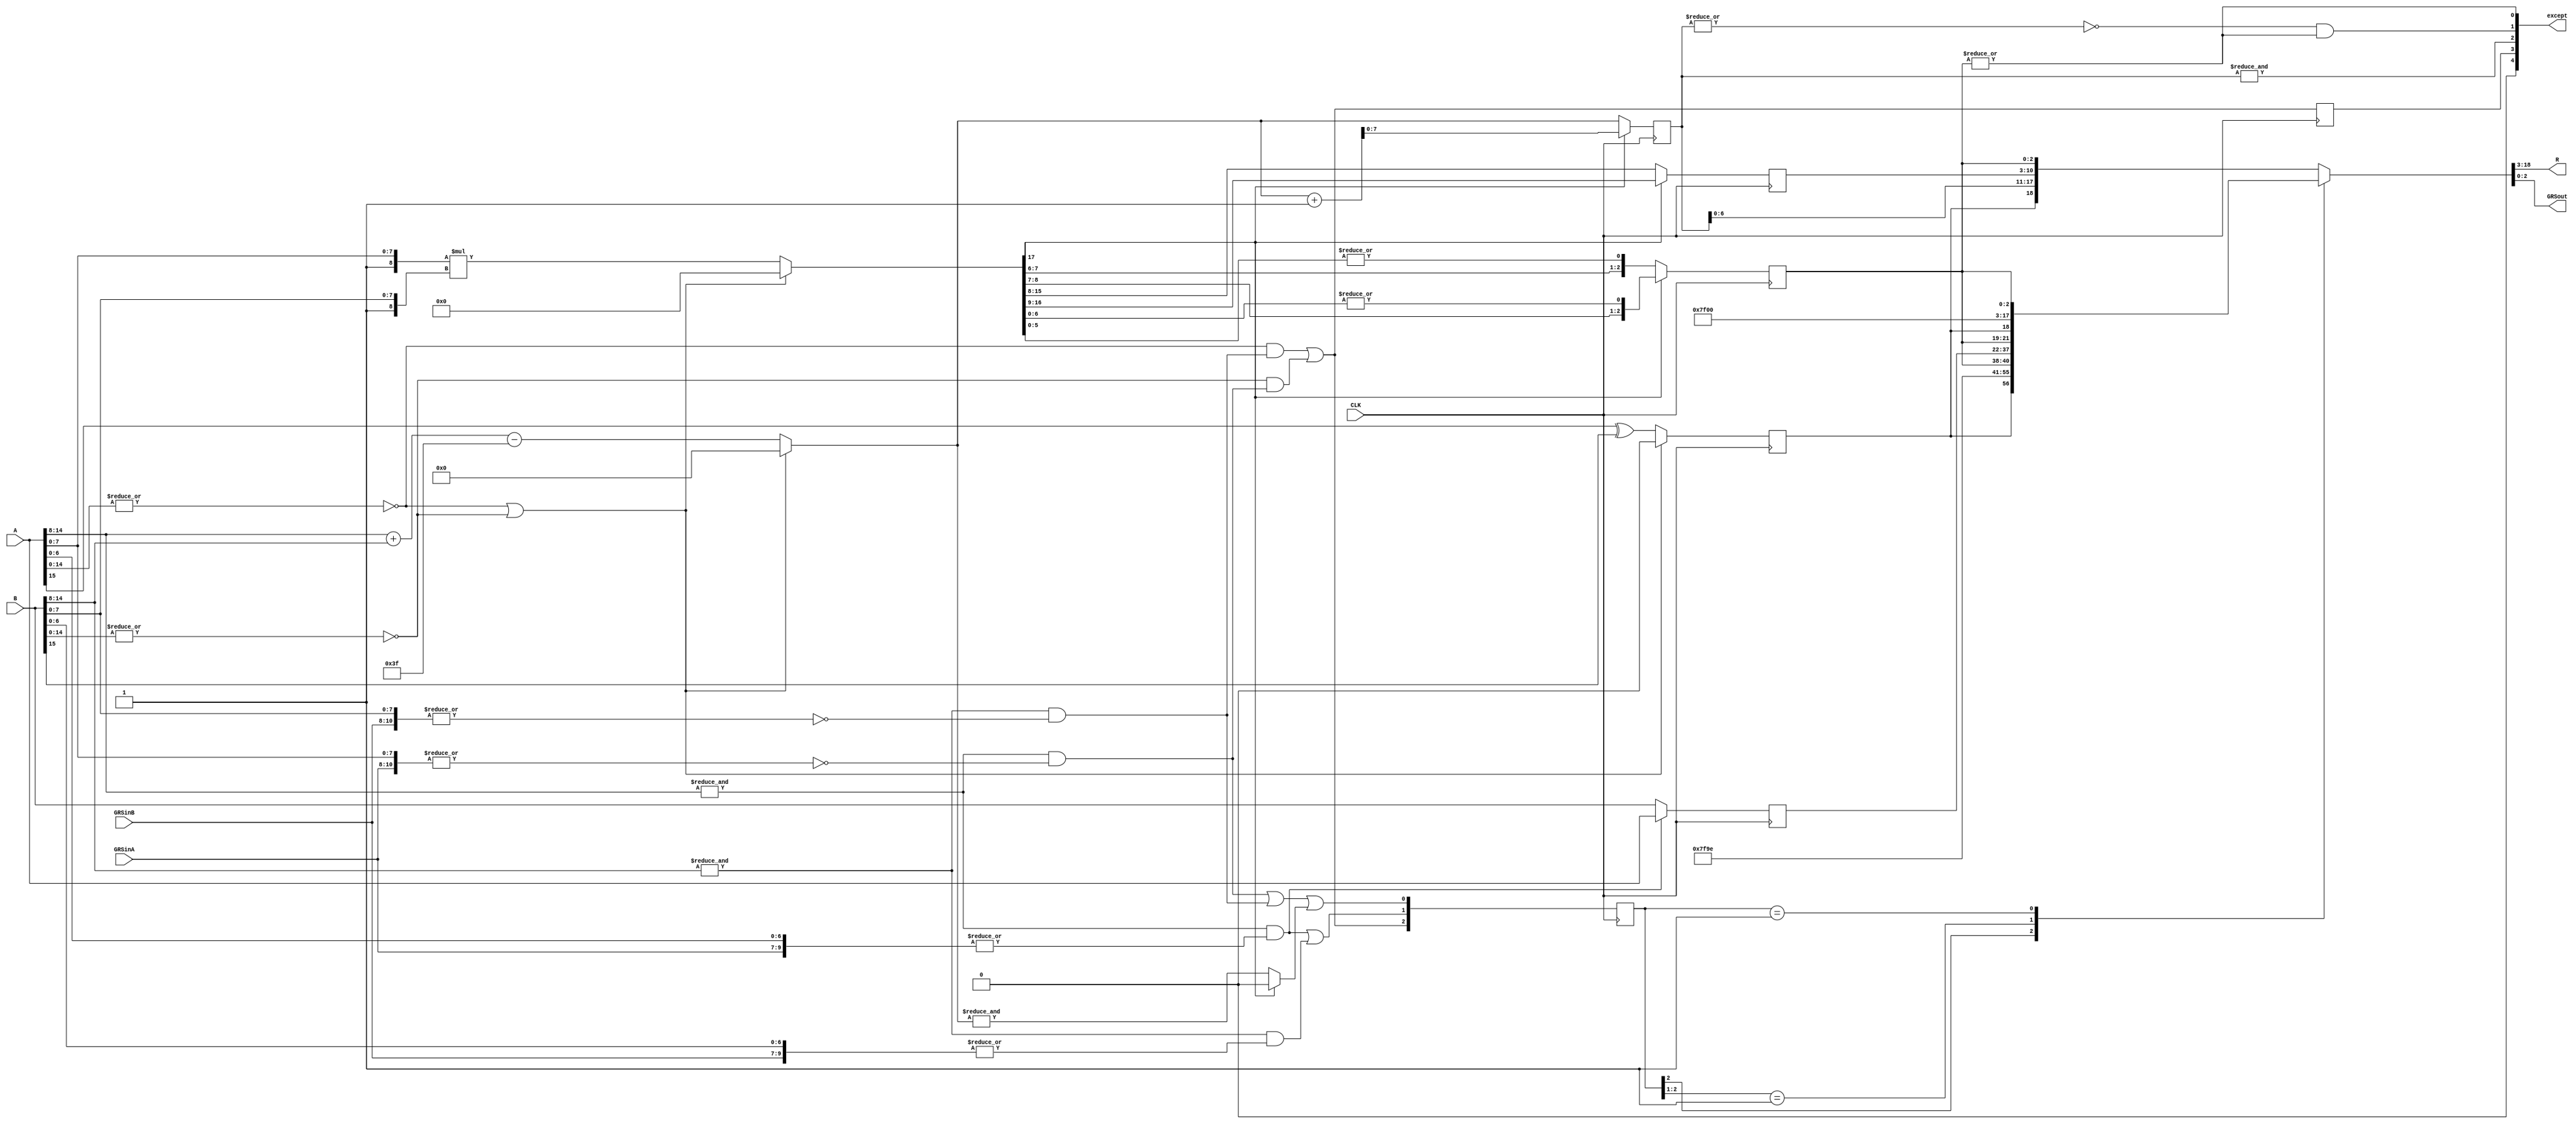
//FMUL711.v
//
// Version:  1.21  November 30, 2019
// Copyright (C) 2019.  All rights reserved.
//
////////////////////////////////////////////////////////////////////////////////////////////////////////////////////////
//                                                                                                                    //
//                                                    Open-Source                                                     //
//                            SYMPL 64-Bit Universal Floating-point ISA Compute Engine and                            //
//                                   Fused Universal Neural Network (FuNN) eNNgine                                    //
//                                    Evaluation and Product Development License                                      //
//                                                                                                                    //
//                                                                                                                    //
// Open-source means:  this source code and this instruction set ("this IP") may be freely downloaded, copied,        //
// modified, distributed and used in accordance with the terms and conditons of the licenses provided herein.         //
//                                                                                                                    //
// Provided that you comply with all the terms and conditions set forth herein, Jerry D. Harthcock ("licensor"),      //
// the original author and exclusive copyright owner of this SYMPL 64-Bit Universal Floating-point ISA Compute Engine //
// and Fused Universal Neural Network (FuNN) eNNgine, including related development software ("this IP"), hereby      //
// grants recipient of this IP ("licensee"), a world-wide, paid-up, non-exclusive license to implement this IP        //
// within the programmable fabric of Xilinx Kintex Ultra and Kintex Ultra+ brand FPGAs--only--and used only for the   //
// purposes of evaluation, education, and development of end products and related development tools.  Furthermore,    //
// limited to the purposes of prototyping, evaluation, characterization and testing of implementations in a hard,     //
// custom or semi-custom ASIC, any university or institution of higher education may have their implementation of     //
// this IP produced for said limited purposes at any foundary of their choosing provided that such prototypes do      //
// not ever wind up in commercial circulation, with this license extending to such foundary and is in connection      //
// with said academic pursuit and under the supervision of said university or institution of higher education.        //
//                                                                                                                    //
// Any copying, distribution, customization, modification, or derivative work of this IP must include an exact copy   //
// of this license and original copyright notice at the very top of each source file and any derived netlist, and,    //
// in the case of binaries, a printed copy of this license and/or a text format copy in a separate file distributed   //
// with said netlists or binary files having the file name, "LICENSE.txt".  You, the licensee, also agree not to      //
// remove any copyright notices from any source file covered or distributed under this Evaluation and Product         //
// Development License.                                                                                               //
//                                                                                                                    //
// LICENSOR DOES NOT WARRANT OR GUARANTEE THAT YOUR USE OF THIS IP WILL NOT INFRINGE THE RIGHTS OF OTHERS OR          //
// THAT IT IS SUITABLE OR FIT FOR ANY PURPOSE AND THAT YOU, THE LICENSEE, AGREE TO HOLD LICENSOR HARMLESS FROM        //
// ANY CLAIM BROUGHT BY YOU OR ANY THIRD PARTY FOR YOUR SUCH USE.                                                     //
//                                                                                                                    //
// Licensor reserves all his rights, including, but in no way limited to, the right to change or modify the terms     //
// and conditions of this Evaluation and Product Development License anytime without notice of any kind to anyone.    //
// By using this IP for any purpose, licensee agrees to all the terms and conditions set forth in this Evaluation     //
// and Product Development License.                                                                                   //
//                                                                                                                    //
// This Evaluation and Product Development License does not include the right to sell products that incorporate       //
// this IP or any IP derived from this IP. If you would like to obtain such a license, please contact Licensor.       //
//                                                                                                                    //
// Licensor can be contacted at:  SYMPL.gpu@gmail.com or Jerry.Harthcock@gmail.com                                    //
//                                                                                                                    //
////////////////////////////////////////////////////////////////////////////////////////////////////////////////////////

 `timescale 1ns/100ps

module FMUL711 (
    CLK,
    A,
    GRSinA,
    B,
    GRSinB,
    R,
    GRSout,
    except
    );

input CLK;
input [15:0] A;
input [2:0] GRSinA;
input [15:0] B;
input [2:0] GRSinB;
output [15:0] R;
output [2:0] GRSout;
output [4:0] except;

reg sign;
reg [7:0] EXP;        //exponents are added so allow for carry
reg [8:0] normProd;   //includes "hidden" bit
wire [7:0] fraction;
reg [2:0] GRSout;
reg [2:0] GRS;

wire [6:0] expA;
wire [6:0] expB;
wire signA;
wire signB;
wire [4:0] except;

assign expA = A[14:8];
assign expB = B[14:8];
assign signA = A[15];
assign signB = B[15];

reg [15:0] R;
reg [2:0] Rsel;
reg [15:0] theNaN_del;
wire [7:0] expAB;
wire [17:0] intrmProd;       //9bits * 9bits = 18bits
wire AisZero;
wire BisZero;
wire AisInf;
wire BisInf;
wire AisNaN;
wire BisNaN;
wire [15:0] theNaN;
wire anInputIsNaN;
wire anInputIsInf;

reg invalid;
wire divX0;
wire overflow;
wire underflow;
wire inexact;
wire inputIsInvalid;


assign AisInf = &A[14:8] && ~|{A[7:0], GRSinA[2:0]};
assign BisInf = &B[14:8] && ~|{B[7:0], GRSinB[2:0]};
assign AisNaN = &A[14:8] &&  |{A[6:0], GRSinA[2:0]};
assign BisNaN = &B[14:8] &&  |{B[6:0], GRSinB[2:0]};
assign theNaN = AisNaN ? A : B;
assign anInputIsNaN = AisNaN || BisNaN;
assign anInputIsInf = AisInf || BisInf;

assign inputIsInvalid = (AisZero && BisInf) || (BisZero && AisInf);
assign divX0 = 0;
assign underflow = ~|EXP;
assign overflow = &EXP;
assign inexact = |GRS;
assign except = {divX0, invalid, overflow, underflow && inexact, inexact};

assign expAB = (AisZero || BisZero) ? 0 : ((expA + expB) - 63);
assign AisZero = ~|A[14:0];
assign BisZero = ~|B[14:0];
assign intrmProd = (AisZero || BisZero) ? 0 : {1'b1, A[7:0]} * {1'b1, B[7:0]};
assign fraction = normProd[7:0];

always @(*)
    casex(Rsel)
        3'b1xx : {R, GRSout} = {sign, 7'h7F, 1'b1, 7'h1E, GRS}; // invalid input
        3'b01x : {R, GRSout} = {theNaN_del, GRS};                 // an input is NaN
        3'b001 : {R, GRSout} = {sign, 15'h7F00, GRS};             // infinite or overflow
       default : {R, GRSout} = {sign, EXP[6:0], normProd[7:0], GRS};
    endcase    

always @(posedge CLK) begin
    invalid <= inputIsInvalid;
    theNaN_del <= theNaN;
    Rsel <= {inputIsInvalid, anInputIsNaN, anInputIsInf || (intrmProd[17] ? &(expAB + 1) : &expAB)};
    sign <= (AisZero || BisZero) ? 0 : (signA ^ signB);
    if (intrmProd[17]) begin
        normProd <= intrmProd[17:9];
        GRS <= {intrmProd[8:7], |intrmProd[6:0]}; 
        EXP <= expAB + 1;
    end
    else begin
        normProd <= intrmProd[16:8];
        GRS <= {intrmProd[7:6], |intrmProd[5:0]}; 
        EXP <= expAB;
    end
end    
    
                                                                                                        
endmodule